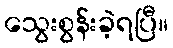
သွေးစွန်းခဲ့ရပြီ။